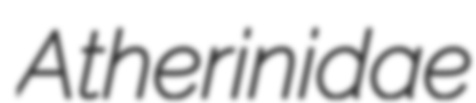
Atherinidae